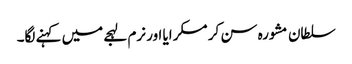
سلطان مشورہ سن کر مسکرایا اور نرم لہجے میں کہنے لگا۔